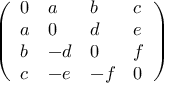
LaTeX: \left( \begin{array} { l l l l } { 0 } & { a } & { b } & { c } \\ { a } & { 0 } & { d } & { e } \\ { b } & { - d } & { 0 } & { f } \\ { c } & { - e } & { - f } & { 0 } \end{array} \right)